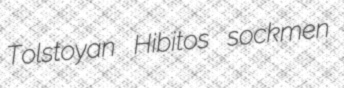
Tolstoyan Hibitos sockmen